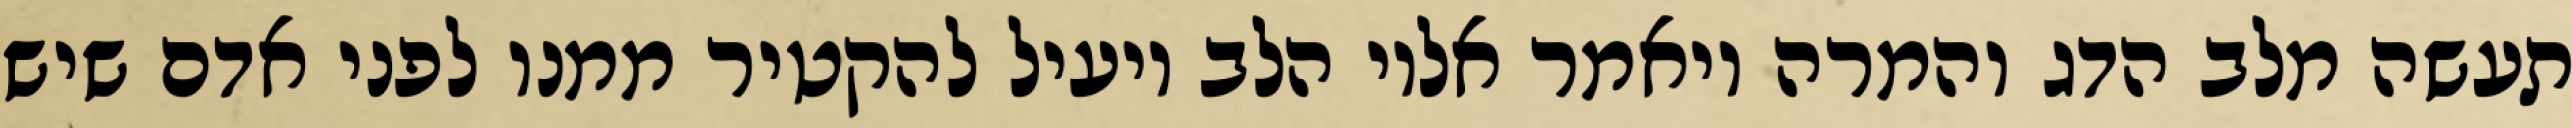
תעשה מלב הדג והמרה ויאמר אליו הלב יועיל להקטיר ממנו לפני אדם שיש